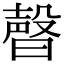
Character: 𣍆